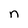
Character: n